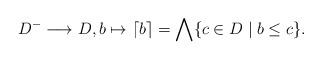
LaTeX: \begin{align*} D^-\longrightarrow D, b\mapsto \lceil b \rceil=\bigwedge\{c\in D\mid b\leq c\}. \end{align*}